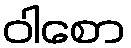
ဝါစော